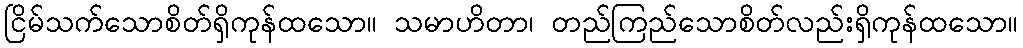
ငြိမ်သက်သောစိတ်ရှိကုန်ထသော။ သမာဟိတာ၊ တည်ကြည်သောစိတ်လည်းရှိကုန်ထသော။